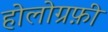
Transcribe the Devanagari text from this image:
होलोग्रफ़ी